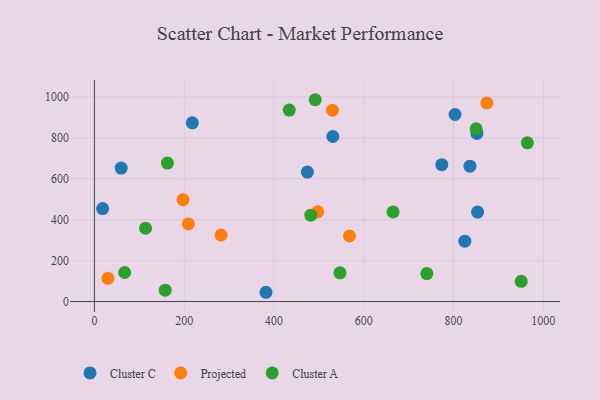
{"axis": {"x": "Ad Spend", "y": "Rating"}, "legend": ["Cluster A", "Cluster C", "Projected"], "data": [{"x": "825.2", "y": 295.3, "type": "Cluster C"}, {"x": "852.1", "y": 821.7, "type": "Cluster C"}, {"x": "853.5", "y": 437.2, "type": "Cluster C"}, {"x": "18.3", "y": 454.3, "type": "Cluster C"}, {"x": "773.9", "y": 669.1, "type": "Cluster C"}, {"x": "218.1", "y": 873.5, "type": "Cluster C"}, {"x": "531.2", "y": 806.7, "type": "Cluster C"}, {"x": "836.5", "y": 661.9, "type": "Cluster C"}, {"x": "382.2", "y": 45.4, "type": "Cluster C"}, {"x": "803.3", "y": 914.2, "type": "Cluster C"}, {"x": "59.6", "y": 652.6, "type": "Cluster C"}, {"x": "474.4", "y": 632.6, "type": "Cluster C"}, {"x": "209.3", "y": 379.4, "type": "Projected"}, {"x": "30.0", "y": 113.4, "type": "Projected"}, {"x": "497.5", "y": 438.7, "type": "Projected"}, {"x": "197.3", "y": 497.7, "type": "Projected"}, {"x": "282.1", "y": 324.8, "type": "Projected"}, {"x": "568.2", "y": 320.6, "type": "Projected"}, {"x": "530.2", "y": 935.0, "type": "Projected"}, {"x": "874.1", "y": 970.6, "type": "Projected"}, {"x": "850.4", "y": 844.4, "type": "Cluster A"}, {"x": "434.0", "y": 936.0, "type": "Cluster A"}, {"x": "665.3", "y": 438.0, "type": "Cluster A"}, {"x": "491.8", "y": 986.4, "type": "Cluster A"}, {"x": "482.0", "y": 422.0, "type": "Cluster A"}, {"x": "547.0", "y": 140.4, "type": "Cluster A"}, {"x": "67.4", "y": 142.1, "type": "Cluster A"}, {"x": "113.8", "y": 358.3, "type": "Cluster A"}, {"x": "950.7", "y": 98.8, "type": "Cluster A"}, {"x": "162.6", "y": 676.9, "type": "Cluster A"}, {"x": "740.5", "y": 136.9, "type": "Cluster A"}, {"x": "964.5", "y": 775.6, "type": "Cluster A"}, {"x": "157.8", "y": 55.9, "type": "Cluster A"}]}